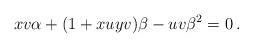
LaTeX: \begin{align*}xv\alpha +(1+xuyv)\beta-uv\beta^2=0\,.\end{align*}